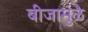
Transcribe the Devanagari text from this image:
बीजामुळे